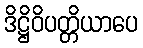
ဒိဋ္ဌိဝိပတ္တိယာပေ